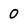
Character: 0